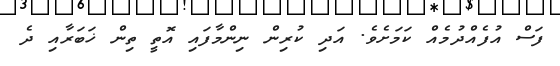
ފަސް އުފެއްދުމެއް ކަމަށެވެ. އަދި ކުރިން ނިންމާފައި އޮތީ ތިން ޚަބަރާއި ދެ